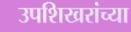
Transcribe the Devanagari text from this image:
उपशिखरांच्या